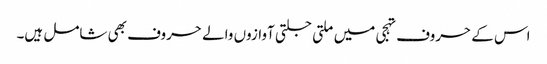
اس کے حروف تہجی میں ملتی جلتی آوازوں والے حروف بھی شامل ہیں۔